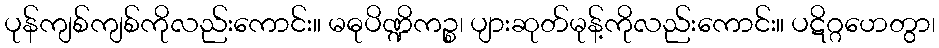
ပုန်ကျစ်ကျစ်ကိုလည်းကောင်း။ မဓုပိဏ္ဍိကဉ္စ၊ ပျားဆုတ်မုန့်ကိုလည်းကောင်း။ ပဋိဂ္ဂဟေတွာ၊